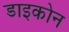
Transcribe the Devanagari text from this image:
डाइकोन